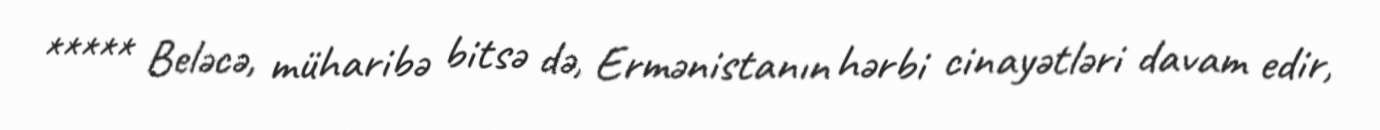
***** Beləcə, müharibə bitsə də, Ermənistanın hərbi cinayətləri davam edir,